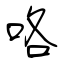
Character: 咯